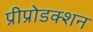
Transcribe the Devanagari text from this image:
प्रीप्रोडक्शन